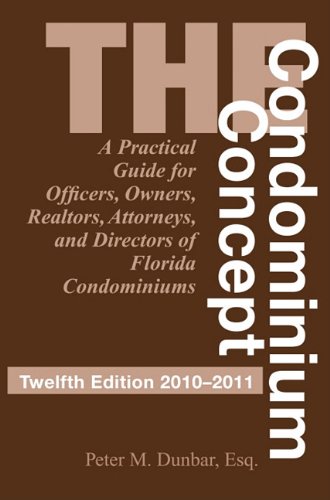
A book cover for The Condominium Concept: A Practical Guide for Officers, Owners, Realtors, Attorneys, and Directors of Florida Condominiums (Condominium Concepts); Peter Dunbar; Law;